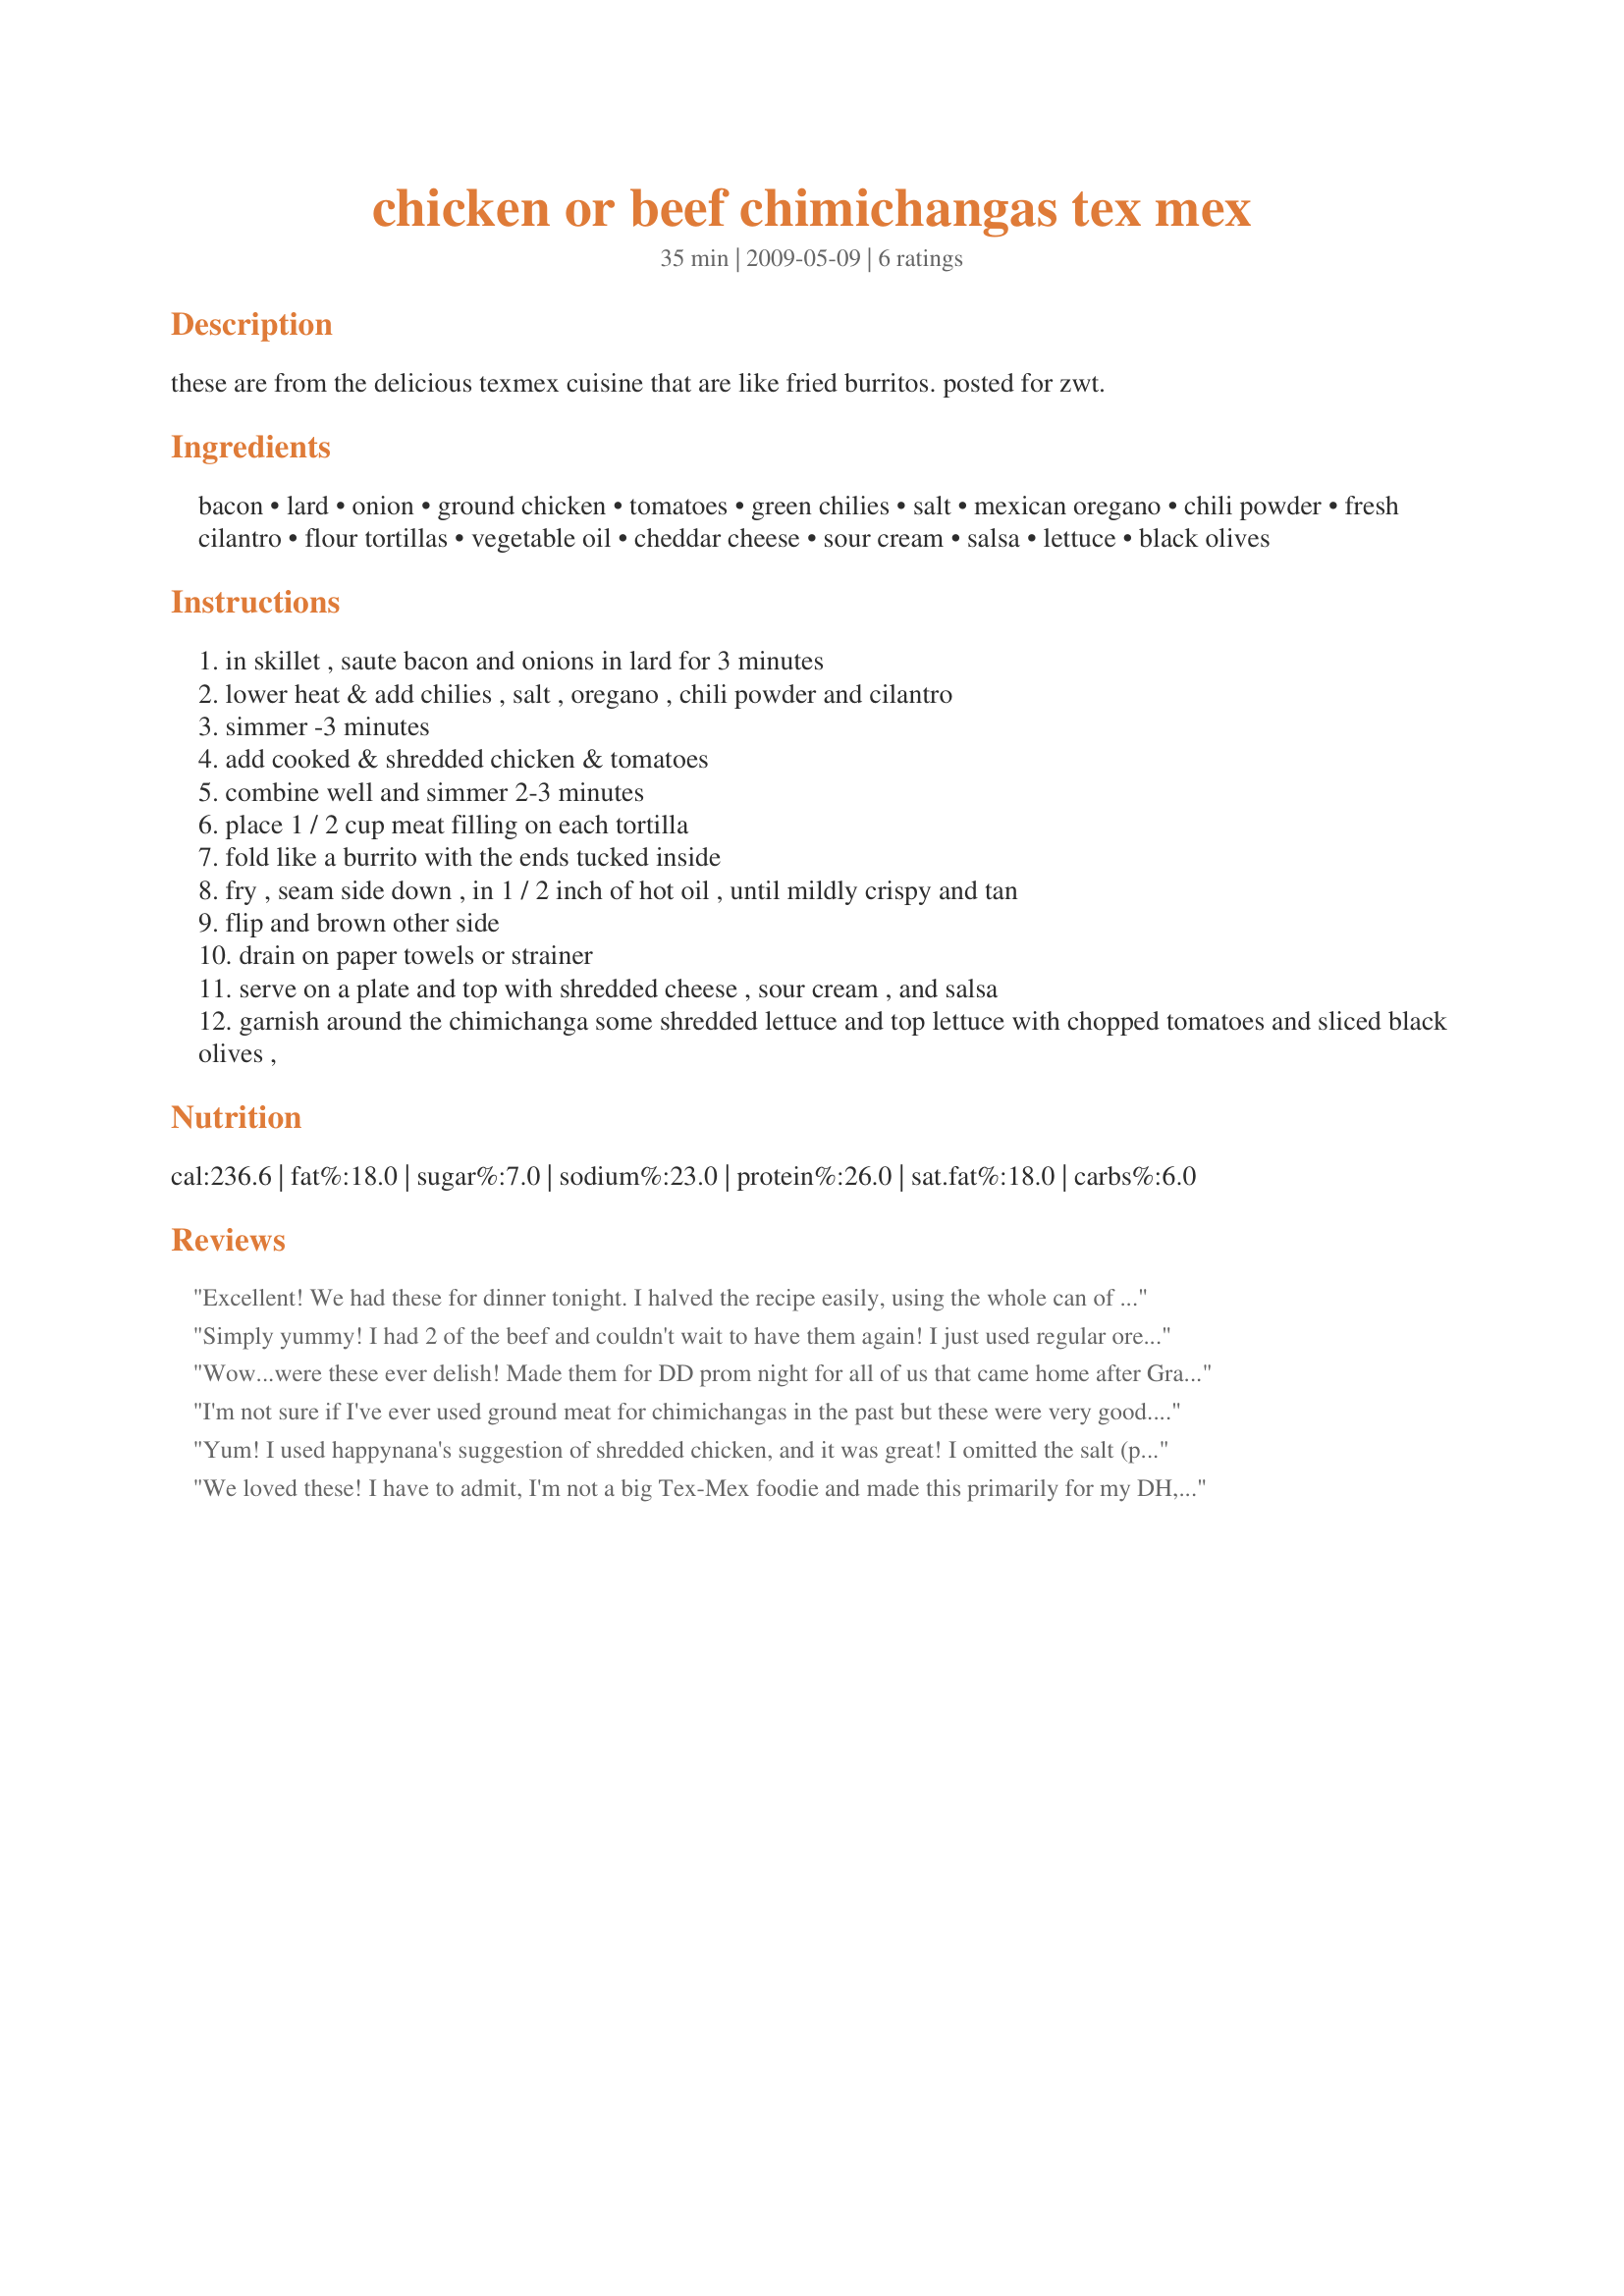
chicken or beef chimichangas tex mex
Preparation time: 35 minutes

these are from the delicious texmex cuisine that are like fried burritos. posted for zwt.

Ingredients:
bacon, lard, onion, ground chicken, tomatoes, green chilies, salt, mexican oregano, chili powder, fresh cilantro, flour tortillas, vegetable oil, cheddar cheese, sour cream, salsa, lettuce, black olives

Steps:
in skillet , saute bacon and onions in lard for 3 minutes
lower heat & add chilies , salt , oregano , chili powder and cilantro
simmer -3 minutes
add cooked & shredded chicken & tomatoes
combine well and simmer 2-3 minutes
place 1 / 2 cup meat filling on each tortilla
fold like a burrito with the ends tucked inside
fry , seam side down , in 1 / 2 inch of hot oil , until mildly crispy and tan
flip and brown other side
drain on paper towels or strainer
serve on a plate and top with shredded cheese , sour cream , and salsa
garnish around the chimichanga some shredded lettuce and top lettuce with chopped tomatoes and sliced black olives ,

Reviews:
Excellent! We had these for dinner tonight. I halved the recipe easily, using the whole can of chiles. I used ground beef. Since there were no instructions for the beef, I lightly browned it and then added the diced bacon and onions and finished until all were cooked and followed as directed. Next time I would like to use shredded chicken vs. the ground chicken and add some mexican corn. Didn't get to take pic. Very good. Made for Ausie Swap #33.
Simply yummy! I had 2 of the beef and couldn't wait to have them again! I just used regular oregano because I couldn't find the Mexican. Worked great! We will have these often.
Wow...were these ever delish! Made them for DD prom night for all of us that came home after Grand March...I used oil instead of lard...ground beef...and added a can of black beans and some corn. Will make this again for sure!! Everyone loved them...gave the recipe out to 2 people. Thanks for posting this recipe. Made for ZWT 5 for the Zaar ChowHounds!
I'm not sure if I've ever used ground meat for chimichangas in the past but these were very good. The meat was ground turkey and only about 3 slices of bacon were used for flavoring and for cooking the onions. The lard was omitted. While the recipe calls for ground chicken there is a reference in the instructions for shredded meat which would also be very good. Made for *ZWT 5*
Yum! I used happynana's suggestion of shredded chicken, and it was great! I omitted the salt (personal preference). I had a little extra filling and found that it was great over the salad as a kind of taco salad-type dish. I also garnished with some homemade guacamole. Thanks for sharing!
We loved these! I have to admit, I'm not a big Tex-Mex foodie and made this primarily for my DH, but I was the one going back for seconds! And he loved them as well! I used ground beef and for the chili powder I used Penzey's Chipotle Powder. Made for Aus/NZ Recipe Swap #32.
